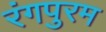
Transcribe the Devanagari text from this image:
रंगपुरम